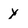
Character: y